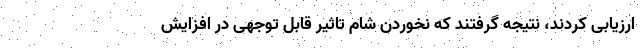
ارزیابی کردند، نتیجه گرفتند که نخوردن شام تاثیر قابل توجهی در افزایش